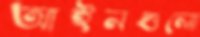
আইনগুলো